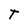
Character: T